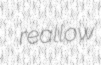
reallow